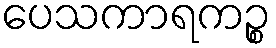
ပေသကာရကဉ္စ